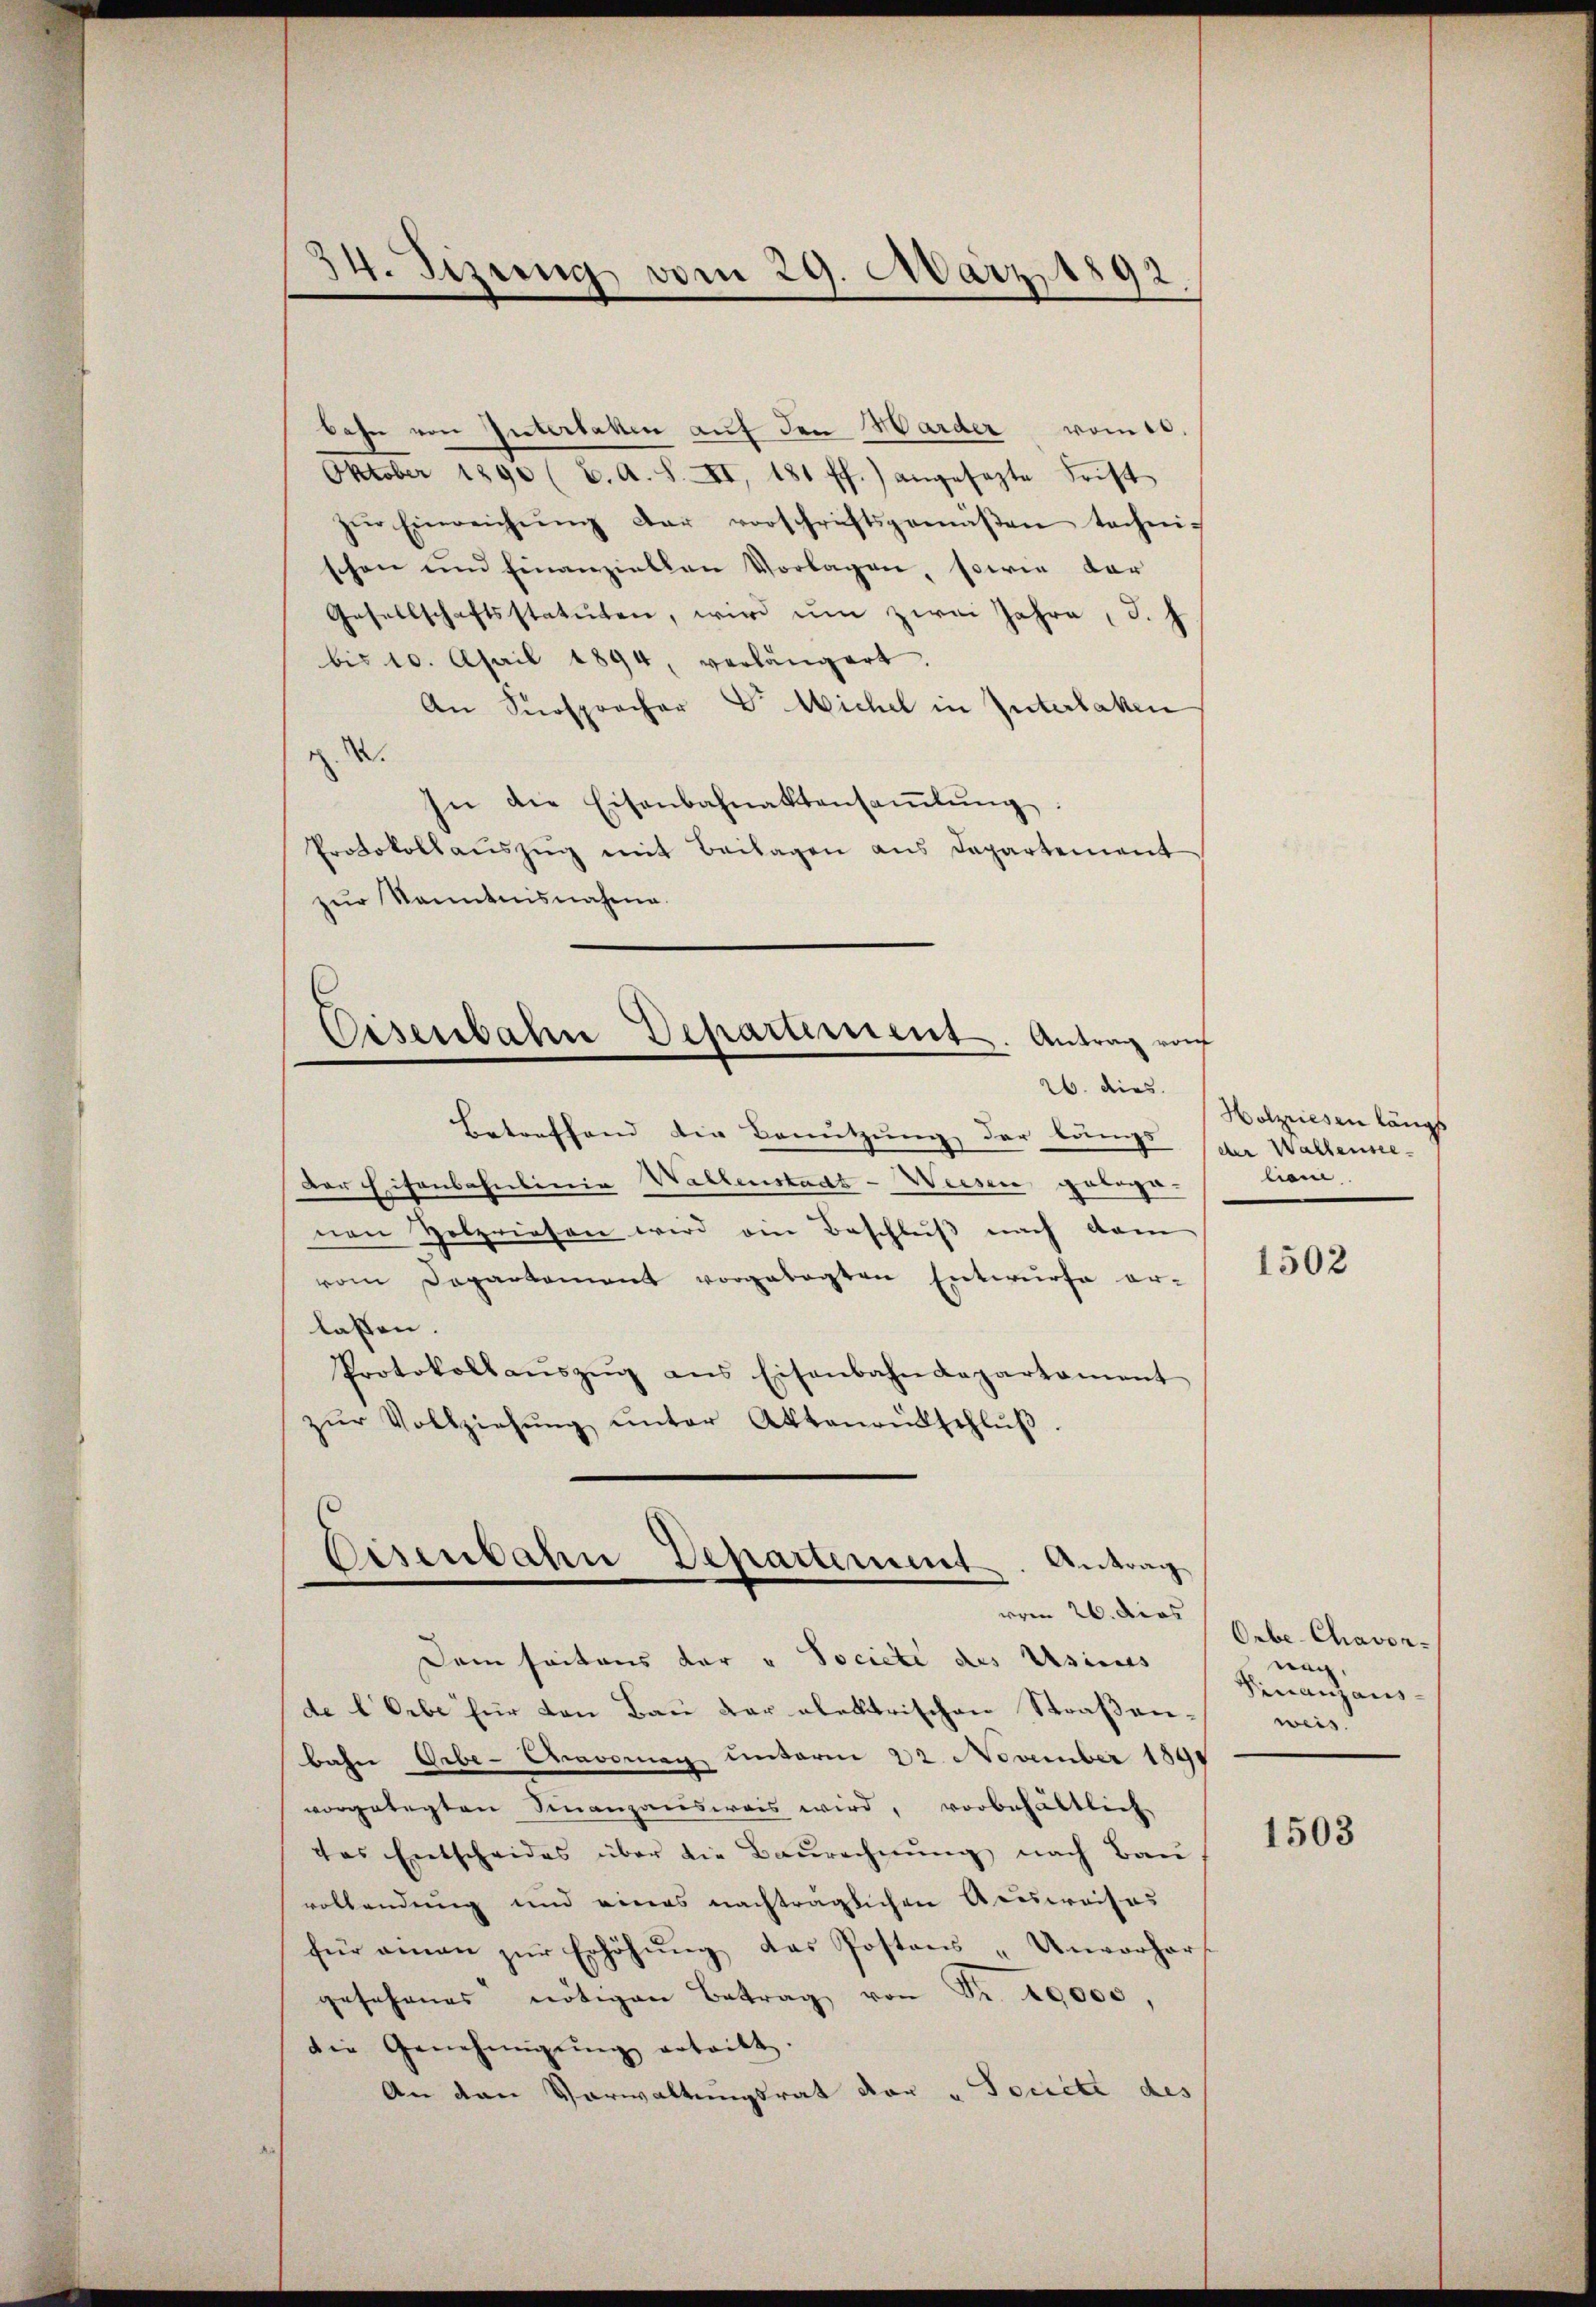
bahn von Güterlaken auf den Warder vom 10.
Oktober 1890 (C. A. S. II, 181 ff.) angesezte Frist
zŭr Einreichŭng der vorschriftsgemäβen technis
schon und finanziellen Vorlagen, sowie dar
Gesellschaftsstatuten, wird um zwei Jahre, d. J
bis 10. April 1894, verlängert.
An Fürsprocher Dr Wichel in Interlaken
sn die Eisenbahnaktensamlung
Protokollaŭszŭg mit Beilagen aus Departement
zur Kenntnisnahme.
Eisenbahn Dehartement. Antrag von
e

34. Sizung vom 29. März 1892.

26. dies

Betreffend die Benutzung der brings der Wallenne-
Der Eisenbahnlinie Wallenstadt-Weisen gringe.
nen Holzriesen wird ein Beschluß nach vom
vom Departement vorgelegten Entwurfe er-
lassen.
Protokollaŭszŭg ans Eisenbahndepartament
zŭr Vollziehŭng ŭnter Aktenantschlŭβ

Dem seitens der u Societe des Usicus
de l Orbe für den Bau der elektrischen Straßenbahn Gebe-Cavomag unterm 22. November 1891
vorgelegten Finanzausweis wird, vorbehältlich
das Entscheides über die Baurechnung nach Bau
vollendung und eines nachträglichen Ausweises
für amen zŭr Erhöhŭng das Postens „Unvorher
gesehenes nötigen Betrag von Fr. 10000,
die Genehmigŭng ertritt.
An den Vorwaltungsrat der "Tociete des

Eisenbahn Departement. Antrag
vom 26. das

Holzriesen längs
liein

1502

Orbe-Chavor-
nach,
Finanzaus-
weis.

1503